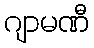
ဂျာမဏီ